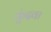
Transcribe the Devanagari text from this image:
कुंदवा